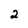
Character: 2